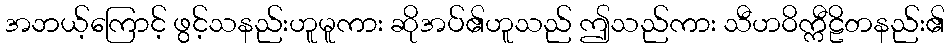
အဘယ့်ကြောင့် ဖွင့်သနည်းဟူမူကား ဆိုအပ်၏ဟူသည် ဤသည်ကား သီဟဝိက္ကီဠိတနည်း၏